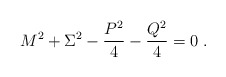
\begin{align*}M^2 + \Sigma^2 - \frac{P^2}{4}-\frac{Q^2}{4} = 0\;.\end{align*}